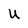
Character: U